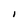
Character: I